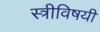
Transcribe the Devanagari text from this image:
स्त्रीविषयी